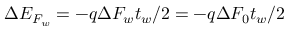
\Delta E _ { F _ { w } } = - q \Delta F _ { w } t _ { w } / 2 = - q \Delta F _ { 0 } t _ { w } / 2